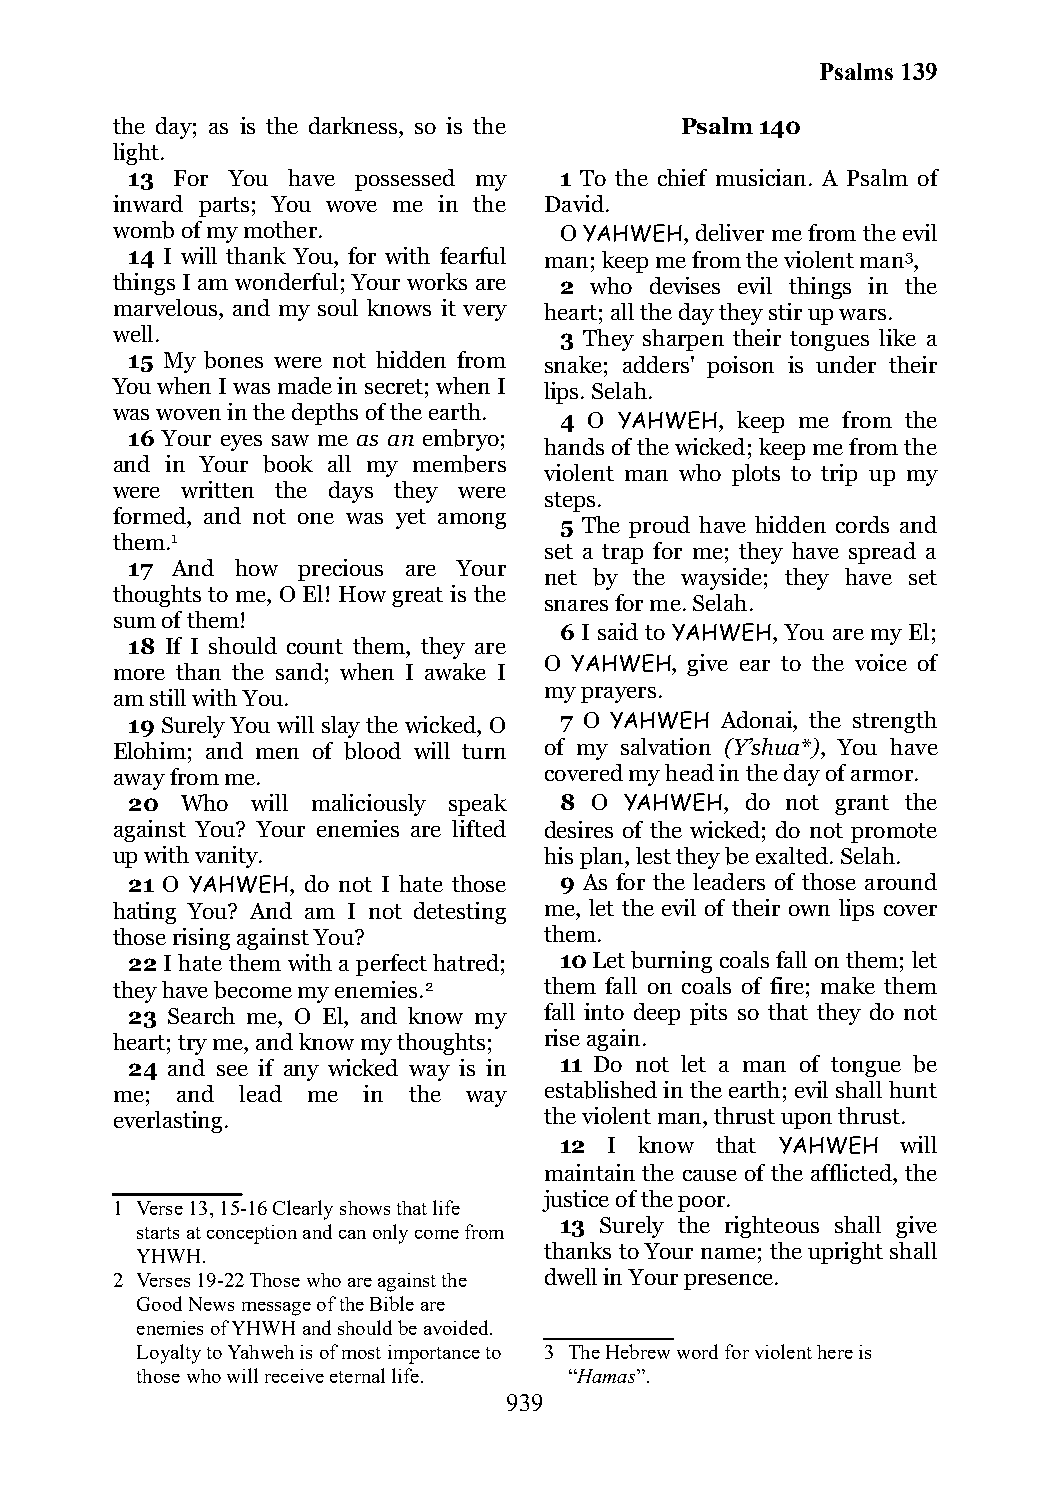
Psalms 139
 the day; as is the darkness, so is the Psalm 140
 light.
 13 For You have possessed my 1 To the chief musician. A Psalm of
 inward parts; You wove me in the David.
 womb of my mother.            O YAHWEH, deliver me from the evil
 14 I will thank You, for with fearful man; keep me from the violent man3,
 things I am wonderful; Your works are 2 who devises evil things in the
 marvelous, and my soul knows it very heart; all the day they stir up wars.
 well.                         3 They sharpen their tongues like a
 15 My bones were not hidden from snake; adders' poison is under their
 You when I was made in secret; when I lips. Selah.
 was woven in the depths of the earth.
 4 O YAHWEH, keep me from the
 16 Your eyes saw me as an embryo;
 hands of the wicked; keep me from the
 and in Your book all my members
 violent man who plots to trip up my
 were written the days they were
 steps.
 formed, and not one was yet among
 5 The proud have hidden cords and
 them.1
 set a trap for me; they have spread a
 17 And  how precious are Your
 net by the wayside; they have set
 thoughts to me, O El! How great is the
 snares for me. Selah.
 sum of them!
 6 I said to YAHWEH, You are my El;
 18 If I should count them, they are
 O YAHWEH, give ear to the voice of
 more than the sand; when I awake I
 my prayers.
 am still with You.
 19 Surely You will slay the wicked, O 7 O YAHWEH Adonai, the strength
 Elohim; and men of blood will turn of my salvation (Y’shua*), You have
 away from me.                covered my head in the day of armor.
 20  Who  will maliciously speak 8 O YAHWEH, do not grant the
 against You? Your enemies are lifted desires of the wicked; do not promote
 up with vanity.              his plan, lest they be exalted. Selah.
 21 O YAHWEH, do not I hate those 9 As for the leaders of those around
 hating You? And am I not detesting me, let the evil of their own lips cover
 those rising against You?    them.
 22 I hate them with a perfect hatred; 10 Let burning coals fall on them; let
 they have become my enemies.2 them fall on coals of fire; make them
 23 Search me, O El, and know my fall into deep pits so that they do not
 heart; try me, and know my thoughts; rise again.
 24 and see if any wicked way is in 11 Do not let a man of tongue be
 me;  and lead me in the way  established in the earth; evil shall hunt
 everlasting.                 the violent man, thrust upon thrust.
 12 I know that YAHWEH  will
 maintain the cause of the afflicted, the
 justice of the poor.
 1 Verse 13, 15-16 Clearly shows that life
 13 Surely the righteous shall give
 starts at conception and can only come from
 YHWH.                      thanks to Your name; the upright shall
 2 Verses 19-22 Those who are against the dwell in Your presence.
 Good News message of the Bible are
 enemies of YHWH and should be avoided.
 Loyalty to Yahweh is of most importance to 3 The Hebrew word for violent here is
 those who will receive eternal life. “Hamas”.
 939